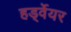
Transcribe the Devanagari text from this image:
हर्ड्वेयर